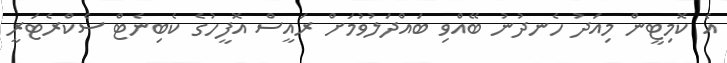
އެ ކޮމިޓީން މިއަދު ހެނދުނު ބޭއްވި ބައްދަލުވުމަށް ރައީސް އޮފީހުގެ ކެބިނެޓް ސެކްރެޓަރީ